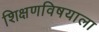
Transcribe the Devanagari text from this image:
शिक्षणविषयाला